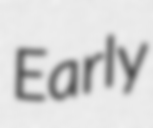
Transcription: Early